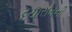
દયારામની